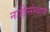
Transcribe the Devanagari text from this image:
नाड़िसंस्थान